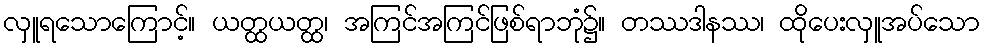
လှူရသောကြောင့်။ ယတ္ထယတ္ထ၊ အကြင်အကြင်ဖြစ်ရာဘုံ၌။ တဿဒါနဿ၊ ထိုပေးလှူအပ်သော